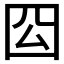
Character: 𭍛